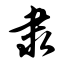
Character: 隶